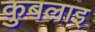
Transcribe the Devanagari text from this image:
कुबलाइ